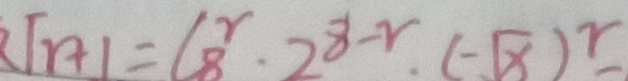
1 r + 1 = l _ { 8 } ^ { r } \cdot 2 ^ { 8 - r } , ( - \sqrt { x } ) ^ { r } -